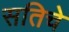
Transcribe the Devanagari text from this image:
सतिचे